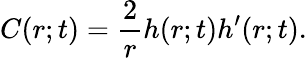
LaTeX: C(r;t)=\frac{2}{r}h(r;t)h^{\prime}(r;t).